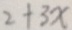
2 + 3 x